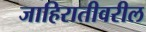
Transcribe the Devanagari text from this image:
जाहिरातीवरील